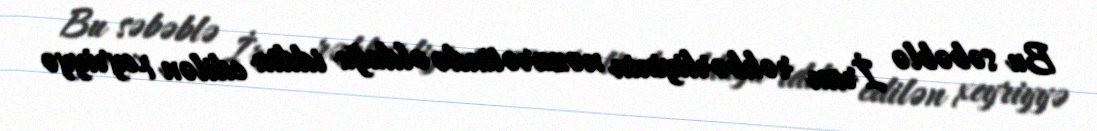
Bu səbəblə İran rəhbərliyinin nəzarətində olduğu iddia edilən xeyriyyə